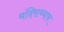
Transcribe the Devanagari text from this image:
मंदिराच्याच